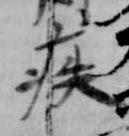
疾